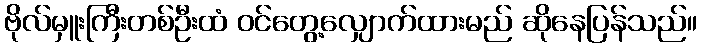
ဗိုလ်မှူးကြီးတစ်ဦးထံ ဝင်တွေ့လျှောက်ထားမည် ဆိုနေပြန်သည်။